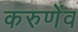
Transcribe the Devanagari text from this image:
करुणेंव